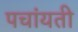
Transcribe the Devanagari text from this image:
पचांयती